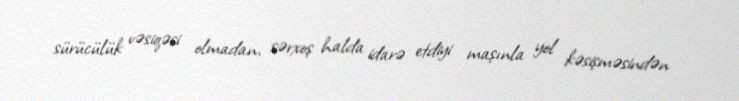
sürücülük vəsiqəsi olmadan, sərxoş halda idarə etdiyi maşınla yol kəsişməsindən